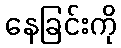
နေခြင်းကို